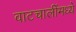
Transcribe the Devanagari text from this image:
वाटचालींमध्ये